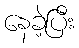
နေခဲ့ပြီး